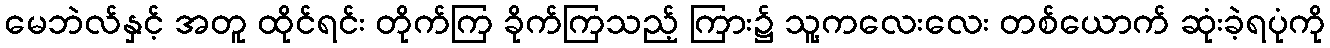
မေဘဲလ်နှင့် အတူ ထိုင်ရင်း တိုက်ကြ ခိုက်ကြသည့် ကြား၌ သူ့ကလေးလေး တစ်ယောက် ဆုံးခဲ့ရပုံကို